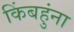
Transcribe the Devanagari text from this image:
किंबहुंना